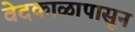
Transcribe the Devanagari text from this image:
वेदकाळापासून